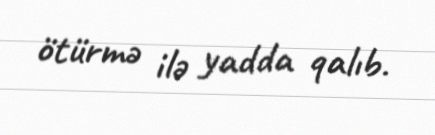
ötürmə ilə yadda qalıb.